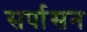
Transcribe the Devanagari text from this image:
सर्पासन